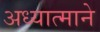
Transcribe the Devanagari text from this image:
अध्यात्माने